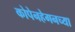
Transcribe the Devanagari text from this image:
कोपेनहेगनच्या